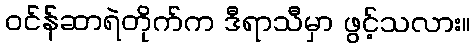
ဝင်န်ဆာရဲတိုက်က ဒီရာသီမှာ ဖွင့်သလား။